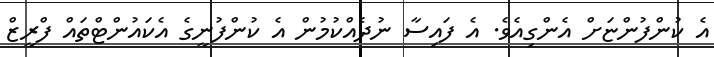
އެ ކުންފުންޏަށް އެންގިއެވެ. އެ ފައިސާ ނުދެއްކުމުން އެ ކުންފުނީގެ އެކައުންޓްތައް ފްރީޒް